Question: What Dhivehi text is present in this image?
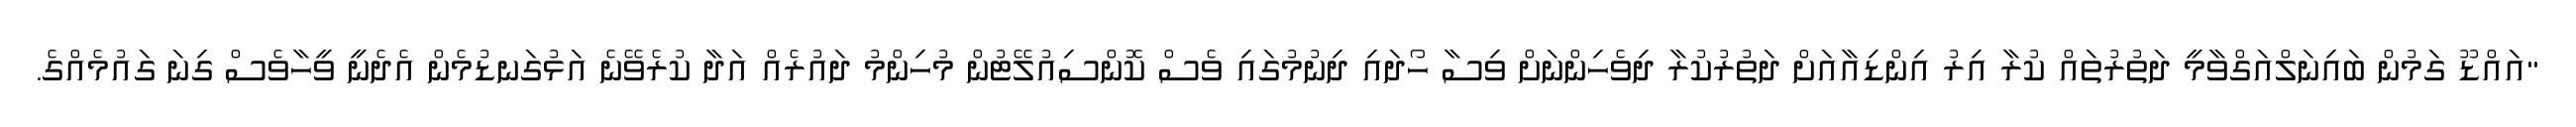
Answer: "އައްޑޫ ގަމުން ބައިނަލްއަގްވާމީ ދަތުރުތައް ކުރާ އިރު އިންޑިއާއަށް ދަތުރުކުރާ ދިވެހިންނަށް ވިސާ ހޯދައި ދިނުމުގައި ވެސް ކޮންސިއުލޭޓުން މުހިންމު ދައުރެއް އަދާ ކުރެވޭނެ އަޅުގަނޑުމެން އެދެނީ ވީހާވެސް ގިނަ ގައުމެއްގެ.